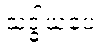
သဒ္ဓါယပေ